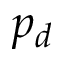
p _ { d }